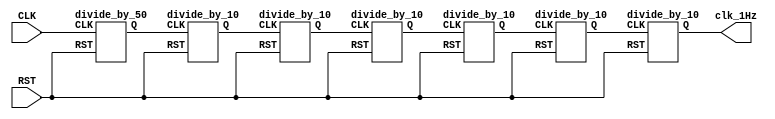
module clk_1hz(CLK, RST, clk_1Hz);
    input CLK, RST;
    output clk_1Hz;
   
	 wire clk_1MHz, clk_100KHz, clk_10KHz, clk_1KHz, clk_100Hz, clk_10Hz;
      
    //assign clock = {clk_1MHz, clk_100KHz, clk_10KHz, clk_1KHz, clk_100Hz, clk_10Hz, clk_1Hz};
     
     divide_by_50 d6 (clk_1MHz, CLK, RST);
     divide_by_10 d5 (clk_100KHz, clk_1MHz, RST);
     divide_by_10 d4 (clk_10KHz, clk_100KHz, RST);
     divide_by_10 d3 (clk_1KHz, clk_10KHz, RST);
     divide_by_10 d2 (clk_100Hz, clk_1KHz, RST);
     divide_by_10 d1 (clk_10Hz, clk_100Hz, RST);
     divide_by_10 d0 (clk_1Hz, clk_10Hz, RST);
     
 endmodule



module divide_by_10 (Q, CLK, RST,);
      input CLK, RST;
      output Q;
      reg Q;
      reg [2:0] count;
      
     always @(posedge CLK or negedge RST)
         begin
             if (~RST)
                 begin
                     Q <= 1'b0;
                     count <= 3'b000;
                 end
             else if (count < 4)
                 begin
                     count <= count + 1'b1;
                 end
             else
                 begin
                     count <= 3'b000;
                     Q <= ~Q;
                 end
         end
 
 endmodule


 module divide_by_50 (Q, CLK, RST);
      input CLK, RST;
      output Q;
      reg Q;
      reg [4:0] count;
      
     always @(posedge CLK or negedge RST)
         begin
             if (~RST)
                 begin
                     Q <= 1'b0;
                     count <= 5'b00000;
                 end
             else if (count < 24)
                 begin
                     count <= count + 1'b1;
                 end
             else
                 begin
                     count <= 5'b00000;
                     Q <= ~Q;
                 end
         end
 
 endmodule